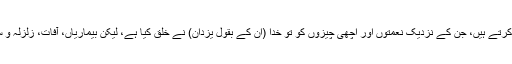
لہذا ہم ثنویت اور دو خدائی (Dualism) کے نظریئے کو بھی رد کرتے ہیں، جن کے نزدیک نعمتوں اور اچھی چیزوں کو تو خدا (ان کے بقول یزدان) نے خلق کیا ہے، لیکن بیماریاں، آفات، زلزلہ و سیلاب وغیرہ ایک دوسرے خدا (ان کے بقول اہرمن) کی مخلوق ہیں۔